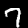
Label: 7